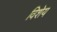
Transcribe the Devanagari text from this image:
विशेय